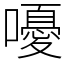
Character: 嚘